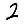
Digit: 2